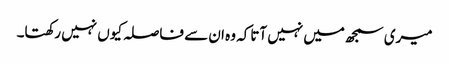
میری سمجھ میں نہیں آتاکہ وہ ان سے فاصلہ کیوں نہیں رکھتا۔